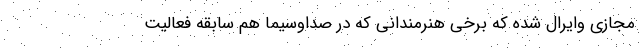
مجازی وایرال شده که برخی هنرمندانی که در صداوسیما هم سابقه فعالیت